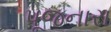
પૂજનારા